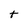
Character: t